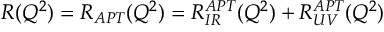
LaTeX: R ( Q ^ { 2 } ) = R _ { A P T } ( Q ^ { 2 } ) = R _ { I R } ^ { A P T } ( Q ^ { 2 } ) + R _ { U V } ^ { A P T } ( Q ^ { 2 } )